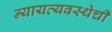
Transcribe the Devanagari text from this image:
न्यायव्यवस्थेची